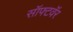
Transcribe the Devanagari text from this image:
सॉफ्टवॅर